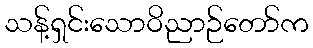
သန့်ရှင်းသောဝိညာဉ်တော်က